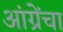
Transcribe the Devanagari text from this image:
आंग्रेंचा